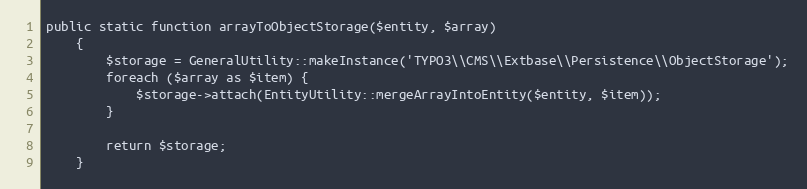
Language: PHP
public static function arrayToObjectStorage($entity, $array)
    {
        $storage = GeneralUtility::makeInstance('TYPO3\\CMS\\Extbase\\Persistence\\ObjectStorage');
        foreach ($array as $item) {
            $storage->attach(EntityUtility::mergeArrayIntoEntity($entity, $item));
        }

        return $storage;
    }